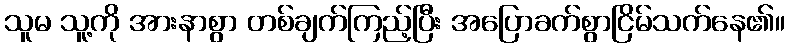
သူမ သူ့ကို အားနာစွာ တစ်ချက်ကြည့်ပြီး အပြောခက်စွာငြိမ်သက်နေ၏။